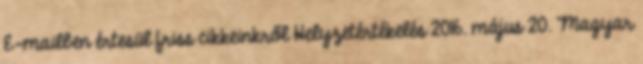
E-mailben értesül friss cikkeinkről Helyzetértékelés 2016. május 20. Magyar